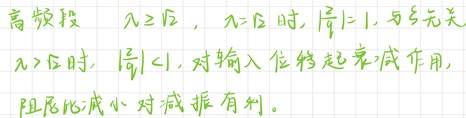
高频段
$\lambda>\lambda_{1}$ 后，$\lambda=\lambda_{1}$ 时，$|\bar{\mu}| = 1$，与 $\xi$ 无关
$\lambda>\lambda_{1}$ 时，$|\bar{\mu}|<1$，对输入位移起衰减作用，
阻尼比减小对减振有利。